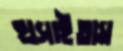
হাসাইতাম